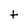
Character: t